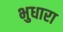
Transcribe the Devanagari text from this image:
भुधारा